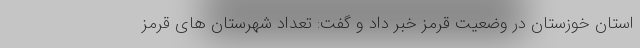
استان خوزستان در وضعیت قرمز خبر داد و گفت: تعداد شهرستان های قرمز